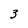
Character: 3